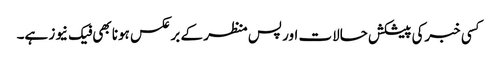
کسی خبرکی پیشکش حالات اور پس منظر کے برعکس ہونا بھی فیک نیوز ہے۔